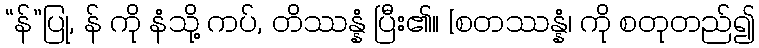
“န်”ပြု, န် ကို နံသို့ ကပ်, တိဿန္နံ ပြီး၏။ [စတဿန္နံ၊ ကို စတုတည်၍